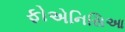
ફોએનિસિઆ